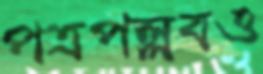
পত্রপল্লবও